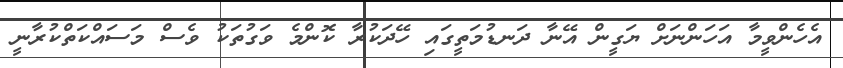
އެހެންވީމާ އަހަންނަށް ޔަގީން އޭނާ ދަނޑުމަތީގައި ހޭދަކުރާ ކޮންމެ ވަގުތަކު ވެސް މަސައްކަތްކުރާނީ